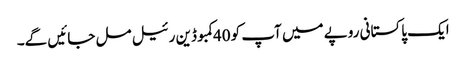
ایک پاکستانی روپے میں آپ کو 40کمبوڈین رئیل مل جائیں گے۔